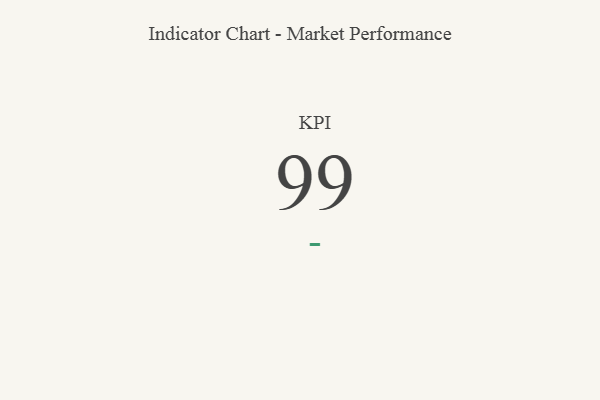
{"axis": {"x": "KPI", "y": "Value"}, "legend": [""], "data": [{"x": "KPI", "y": 99, "type": ""}]}